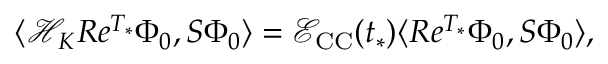
\langle \mathcal { H } _ { K } R e ^ { T _ { * } } \Phi _ { 0 } , S \Phi _ { 0 } \rangle = \mathcal { E } _ { \mathrm { C C } } ( t _ { * } ) \langle R e ^ { T _ { * } } \Phi _ { 0 } , S \Phi _ { 0 } \rangle ,